Annual report on the Civil Veterinary Department, Burma (including the Insein Veterinary School) - 1923-1931
Year: 1923
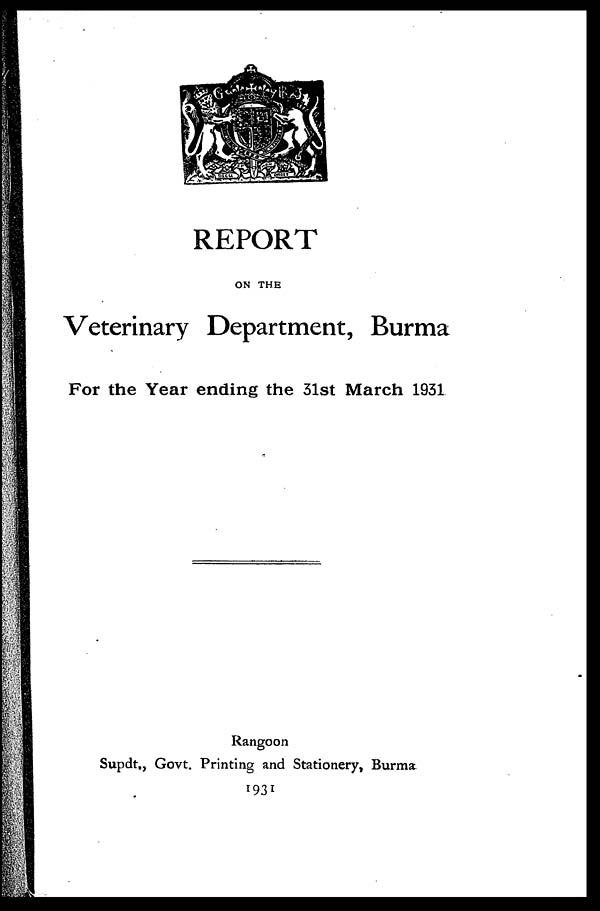
REPORT
ON THE
Veterinary Department, Burma
For the Year ending the 31st March 1931
Rangoon
Supdt., Govt. Printing and Stationery, Burma
1931